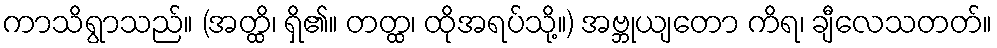
ကာသိရွာသည်။ (အတ္ထိ၊ ရှိ၏။ တတ္ထ၊ ထိုအရပ်သို့။) အဗ္ဘုယျတော ကိရ၊ ချီလေသတတ်။